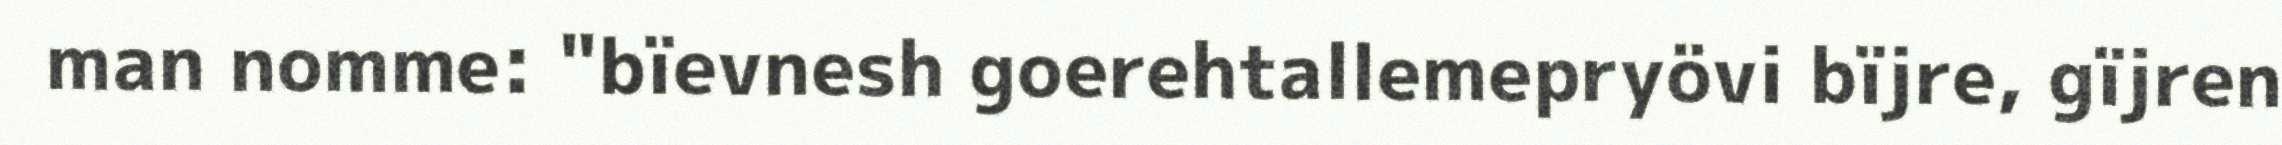
man nomme: "bïevnesh goerehtallemepryövi bïjre, gïjren